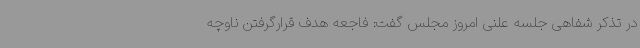
در تذکر شفاهی جلسه علنی امروز مجلس گفت: فاجعه هدف قرارگرفتن ناوچه